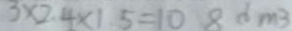
3 \times 2 . 4 \times 1 5 = 1 0 8 d m ^ { 3 }